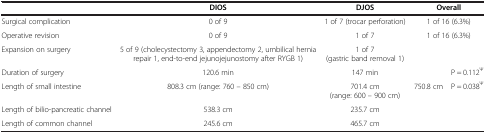
<table><thead><tr><td>[EMPTY_CELL]</td><td><b>DIOS</b></td><td><b>DJOS</b></td><td colspan="2"><b>Overall</b></td></tr></thead><tbody><tr><td>Surgical complication</td><td>0 of 9</td><td>1 of 7 (trocar perforation)</td><td colspan="2">1 of 16 (6.3%)</td></tr><tr><td>Operative revision</td><td>0 of 9</td><td>1 of 7</td><td colspan="2">1 of 16 (6.3%)</td></tr><tr><td>Expansion on surgery</td><td>5 of 9 (cholecystectomy 3, appendectomy 2, umbilical hernia repair 1, end-to-end jejunojejunostomy after RYGB 1)</td><td>1 of 7 (gastric band removal 1)</td><td>[EMPTY_CELL]</td><td>[EMPTY_CELL]</td></tr><tr><td>Duration of surgery</td><td>120.6 min</td><td>147 min</td><td>[EMPTY_CELL]</td><td>P = 0.112<sup>Ψ</sup></td></tr><tr><td>Length of small intestine</td><td>808.3 cm (range: 760 – 850 cm)</td><td>701.4 cm (range: 600 – 900 cm)</td><td>750.8 cm</td><td>P = 0.038<sup>Ψ</sup></td></tr><tr><td>Length of bilio-pancreatic channel</td><td>538.3 cm</td><td>235.7 cm</td><td>[EMPTY_CELL]</td><td>[EMPTY_CELL]</td></tr><tr><td>Length of common channel</td><td>245.6 cm</td><td>465.7 cm</td><td>[EMPTY_CELL]</td><td>[EMPTY_CELL]</td></tr></tbody></table>